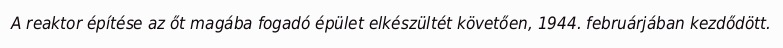
A reaktor építése az őt magába fogadó épület elkészültét követően, 1944. februárjában kezdődött.